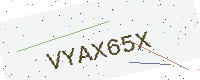
Text: VYAX65X